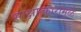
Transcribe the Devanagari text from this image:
साक्षात्कारामुळे